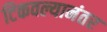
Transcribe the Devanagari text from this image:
टिकवल्यानंतर